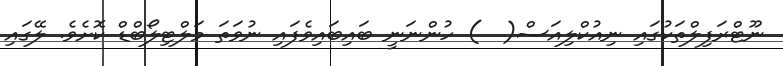
ނޫޓްރަފިލްތަކުގައި ނިއުކްލިއަސް(  ) ހުންނަނީ ބައިބައިވެފައި ނުވަތަ މަލްޓިލޯބްޑް ކޮށެވެ. ލޭގައި